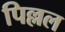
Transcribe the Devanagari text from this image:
पिल्लल